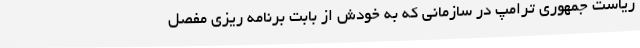
ریاست جمهوری ترامپ در سازمانی که به خودش از بابت برنامه ریزی مفصل